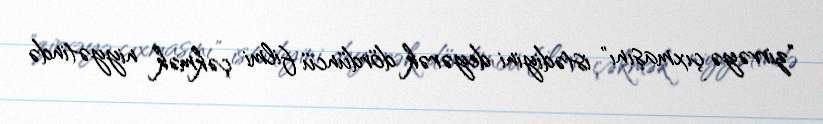
"zirvəyə çıxmasını" istədiyini deyərək dördüncü filmi çəkmək niyyətində